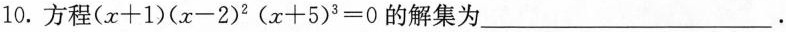
10.方程$$( x + 1 ) ( x - 2 ) ^ { 2 } ( x + 5 ) ^ { 3 } = 0$$的解集为___.